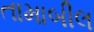
તામાબીલ